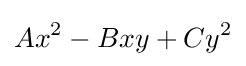
Ax^{2}-Bxy+Cy^{2}